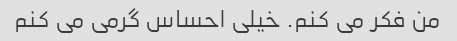
من فکر می کنم. خیلی احساس گرمی می کنم